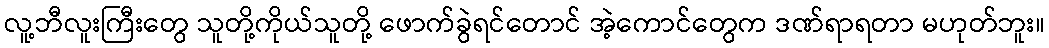
လူ့ဘီလူးကြီးတွေ သူတို့ကိုယ်သူတို့ ဖောက်ခွဲရင်တောင် အဲ့ကောင်တွေက ဒဏ်ရာရတာ မဟုတ်ဘူး။